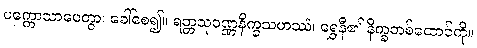
ပက္ကောသာပေတွာ၊ ခေါ်စေ၍။ ရတ္တသုဝဏ္ဏနိက္ခသဟဿံ၊ ရွှေနီ၏ နိက္ခတစ်ထောင်ကို။